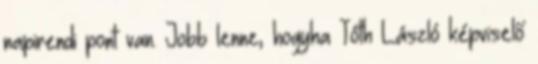
napirendi pont van. Jobb lenne, hogyha Tóth László képviselő